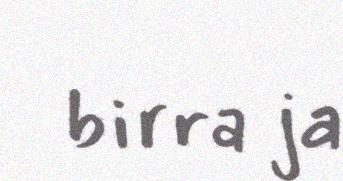
birra ja